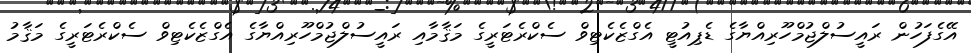
އޭގެފަހުން ރައީސުލްޖުމްހޫރިއްޔާގެ ޑެޕިއުޓީ އެގްޒެކެޓިވް ސެކްރެޓަރީގެ މަޤާމާއި ރައީސުލްޖުމްހޫރިއްޔާގެ އެގްޒެކެޓިވް ސެކްރެޓަރީގެ މަޤާމު